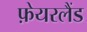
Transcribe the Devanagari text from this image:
फ़ेयरलैंड